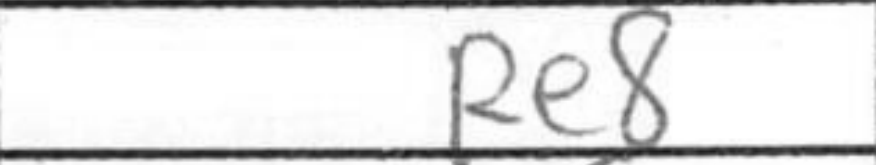
Transcription: Re8